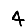
Digit: 4